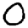
Digit: 0